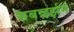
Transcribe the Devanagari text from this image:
सबव्हर्झन